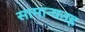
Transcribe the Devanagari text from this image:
सामान्यतह